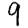
Digit: 9